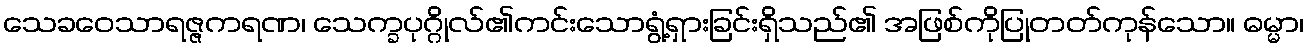
သေခဝေသာရဇ္ဇကရဏ၊ သေက္ခပုဂ္ဂိုလ်၏ကင်းသောရွံ့ရှားခြင်းရှိသည်၏ အဖြစ်ကိုပြုတတ်ကုန်သော။ ဓမ္မာ၊